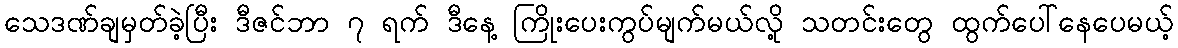
သေဒဏ်ချမှတ်ခဲ့ပြီး ဒီဇင်ဘာ ၇ ရက် ဒီနေ့ ကြိုးပေးကွပ်မျက်မယ်လို့ သတင်းတွေ ထွက်ပေါ်နေပေမယ့်